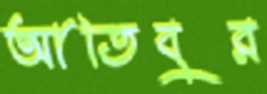
আতিবুর